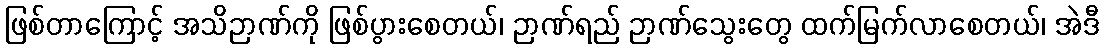
ဖြစ်တာကြောင့် အသိဉာဏ်ကို ဖြစ်ပွားစေတယ်၊ ဉာဏ်ရည် ဉာဏ်သွေးတွေ ထက်မြက်လာစေတယ်၊ အဲဒီ